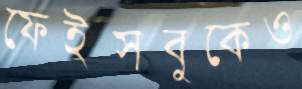
ফেইসবুকেও